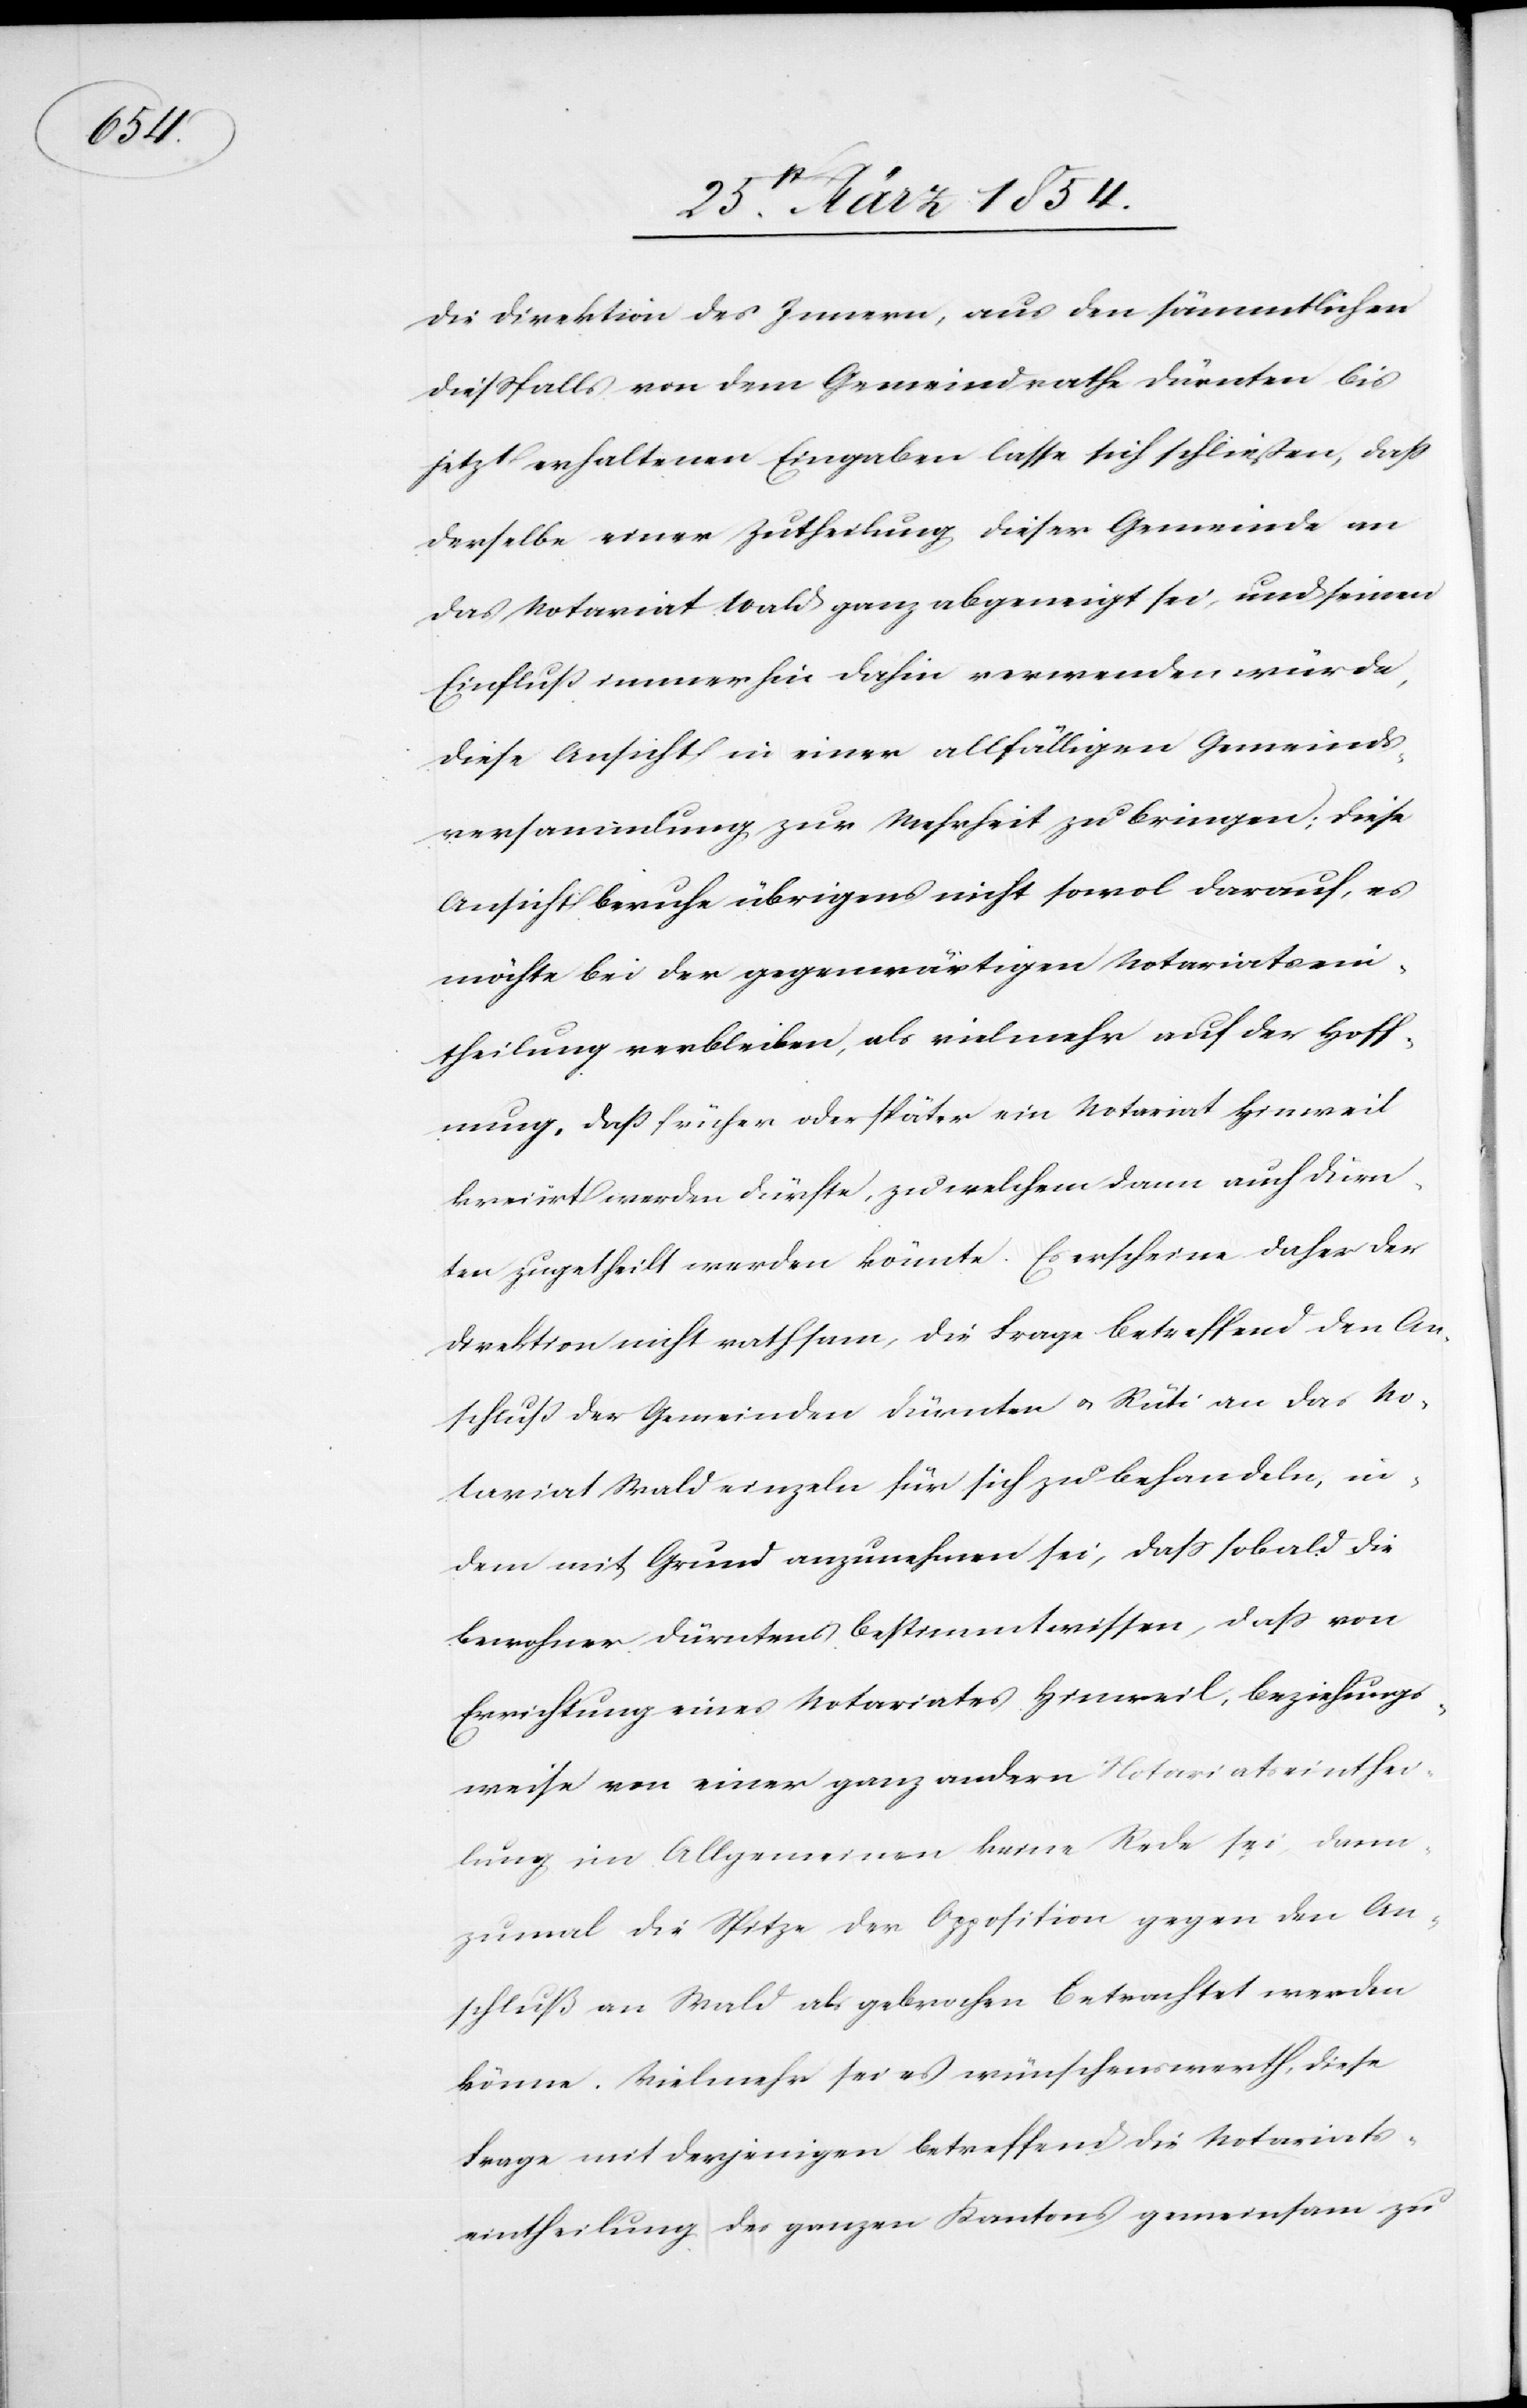
die Direktion des Innern, aus den sämmtlichen
dießfalls von dem Gemeindrathe Dürnten bis
jetzt erhaltenen Eingaben lasse sich schließen, daß
derselbe einer Zutheilung dieser Gemeinde an
das Notariat Wald ganz abgeneigt sei, und seinen
Einfluß immerhin dahin verwenden würde,
diese Ansicht in einer allfälligen Gemeinds¬
versammlung zur Mehrheit zu bringen; diese
Ansicht beruhe übrigens nicht sowol darauf, es
möchte bei der gegenwärtigen Notariatsein¬
theilung verbleiben, als vielmehr auf der Hoff¬
nung, daß früher oder später ein Notariat Hinweil
kreiert werden dürfte, zu welchem dann auch Dürn¬
ten zugehteilt werden könnte. Es erscheine daher der
Direktion nicht rathsam, die Frage betreffend den An¬
schluß der Gemeinden Dürnten u. Rüti an das No¬
tariat Wald einzeln für sich zu behandeln, in¬
dem mit Grund anzunehmen sei, daß sobald die
Bewohner Dürntens bestimmt wissen, daß von
Errichtung eines Notariates Hinweil, beziehungs¬
weise von einer ganz andern Notariatseinthei¬
lung im allgemeinen keine Rede sei, dann¬
zumal die Spitze der Apposition gegen den An¬
schluß an Wald als gebrochen betrachtet werden
könne. Vielmehr sei es wünschenswerth, diese
Frage mit derjenigen betreffend die Notariats¬
eintheilung des ganzen Kantons gemeinsam zu